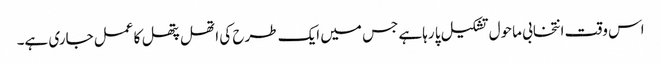
اس وقت انتخابی ماحول تشکیل پا رہاہے جس میں ایک طرح کی اتھل پتھل کا عمل جاری ہے۔